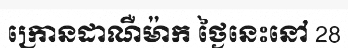
ក្រោនដាណឺម៉ាក ថ្ងៃនេះនៅ 28